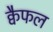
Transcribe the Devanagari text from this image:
क्वैफल